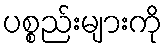
ပစ္စည်းများကို